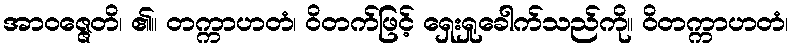
အာဝဇ္ဇေတိ၊ ၏။ တက္ကာဟတံ၊ ဝိတက်ဖြင့် ရှေးရှုခေါက်သည်ကို။ ဝိတက္ကာဟတံ၊